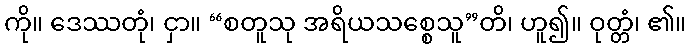
ကို။ ဒေဿတုံ၊ ငှာ။ “စတူသု အရိယသစ္စေသူ”တိ၊ ဟူ၍။ ဝုတ္တံ၊ ၏။